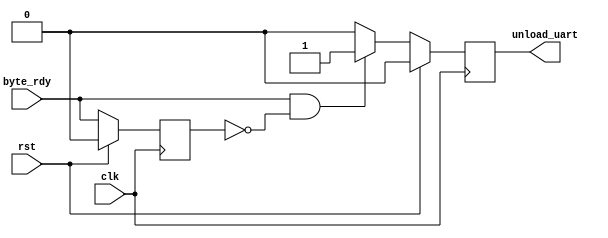
`timescale 1ns / 1ps
//`define TWO_BYTE_DECODE
//////////////////////////////////////////////////////////////////////////////////
// Company: 
// Engineer: 
// 
// Design Name: 
// Module Name:    uart_unload.v 
// Project Name: 
// Target Devices: 
// Tool versions: 
// Description: 
//
// Dependencies: 
//
// Revision: 
// Revision 0.01 - File Created
// Additional Comments: 
//
//////////////////////////////////////////////////////////////////////////////////
module uart_unload2 #(parameter BYTE_WIDTH = 8, WORD_WIDTH = 13) (
    input rst,
    input clk,
    input byte_rdy,
	 `ifdef TWO_BYTE_DECODE
		input [BYTE_WIDTH-1:0] din,
		output reg signed [WORD_WIDTH-1:0] d1out,
		output reg signed [WORD_WIDTH-1:0] d2out,
		//output reg kicker_addr,
		//output decode_err;
	 `endif
    output reg unload_uart
    );

reg byte_rdy_b = 1'b0;
`ifdef TWO_BYTE_DECODE
	reg [BYTE_WIDTH-2:0] data_tmp = {BYTE_WIDTH-1{1'b0}};
`endif

always @(posedge clk) begin
	if (rst) begin
		unload_uart <= 1'b0;
		byte_rdy_b <= 1'b0;
		`ifdef TWO_BYTE_DECODE
			data_tmp <= {BYTE_WIDTH-1{1'b0}};
			d1out <= {WORD_WIDTH{1'b0}};
			d2out <= {WORD_WIDTH{1'b0}};
			//decode_err <= 1'b0;
		`endif
	end else begin
		byte_rdy_b <= byte_rdy;
		unload_uart <= (byte_rdy & ~byte_rdy_b) ? 1'b1 : 1'b0;
		`ifdef TWO_BYTE_DECODE
			if(din[BYTE_WIDTH-1]) begin
				d1out <= (din[BYTE_WIDTH-2]) ? d1out : {din[BYTE_WIDTH-3:0], data_tmp};
				d2out <= (din[BYTE_WIDTH-2]) ? {din[BYTE_WIDTH-3:0], data_tmp} : d2out;
			end else data_tmp <= din[BYTE_WIDTH-2:0];
			//kicker_addr <= (din[BYTE_WIDTH-1]) ? din[BYTE_WIDTH-2] : kicker_addr;
			//decode_err <= (din[BYTE_WIDTH-1]) ? (din[BYTE_WIDTH-2] == din[BYTE_WIDTH-3]) ? decode_err;
		`endif
	end
end
endmodule